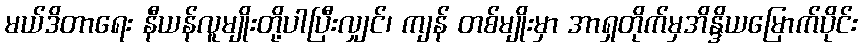
မယ်ဒိတာရေး နီယန်လူမျိုးတို့ပါပြီးလျှင်၊ ကျန် တစ်မျိုးမှာ အာရှတိုက်မှအိန္ဒိယမြောက်ပိုင်း